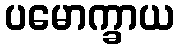
ပမောက္ခာယ